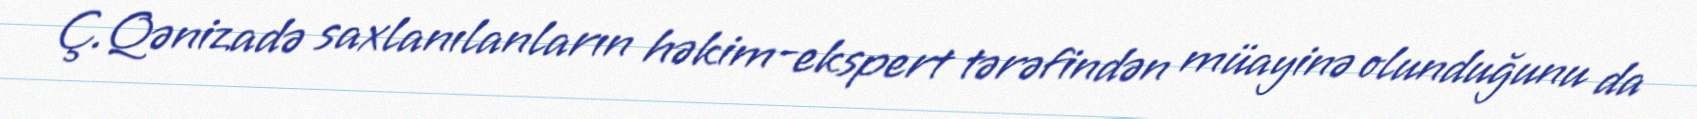
Ç.Qənizadə saxlanılanların həkim-ekspert tərəfindən müayinə olunduğunu da